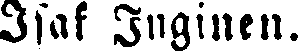
Isaf Inginen.